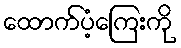
ထောက်ပံ့ကြေးကို